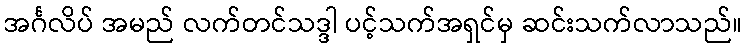
အင်္ဂလိပ် အမည် လက်တင်သဒ္ဒါ ပင့်သက်အရှင်မှ ဆင်းသက်လာသည်။